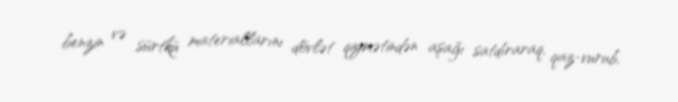
benzin və sürtkü materiallarını dövlət qiymətindən aşağı satdıraraq, qaz-vurub,